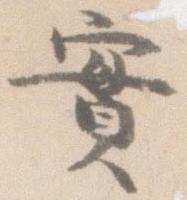
実